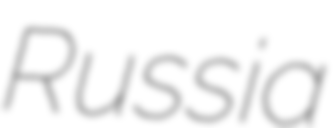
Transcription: Russia